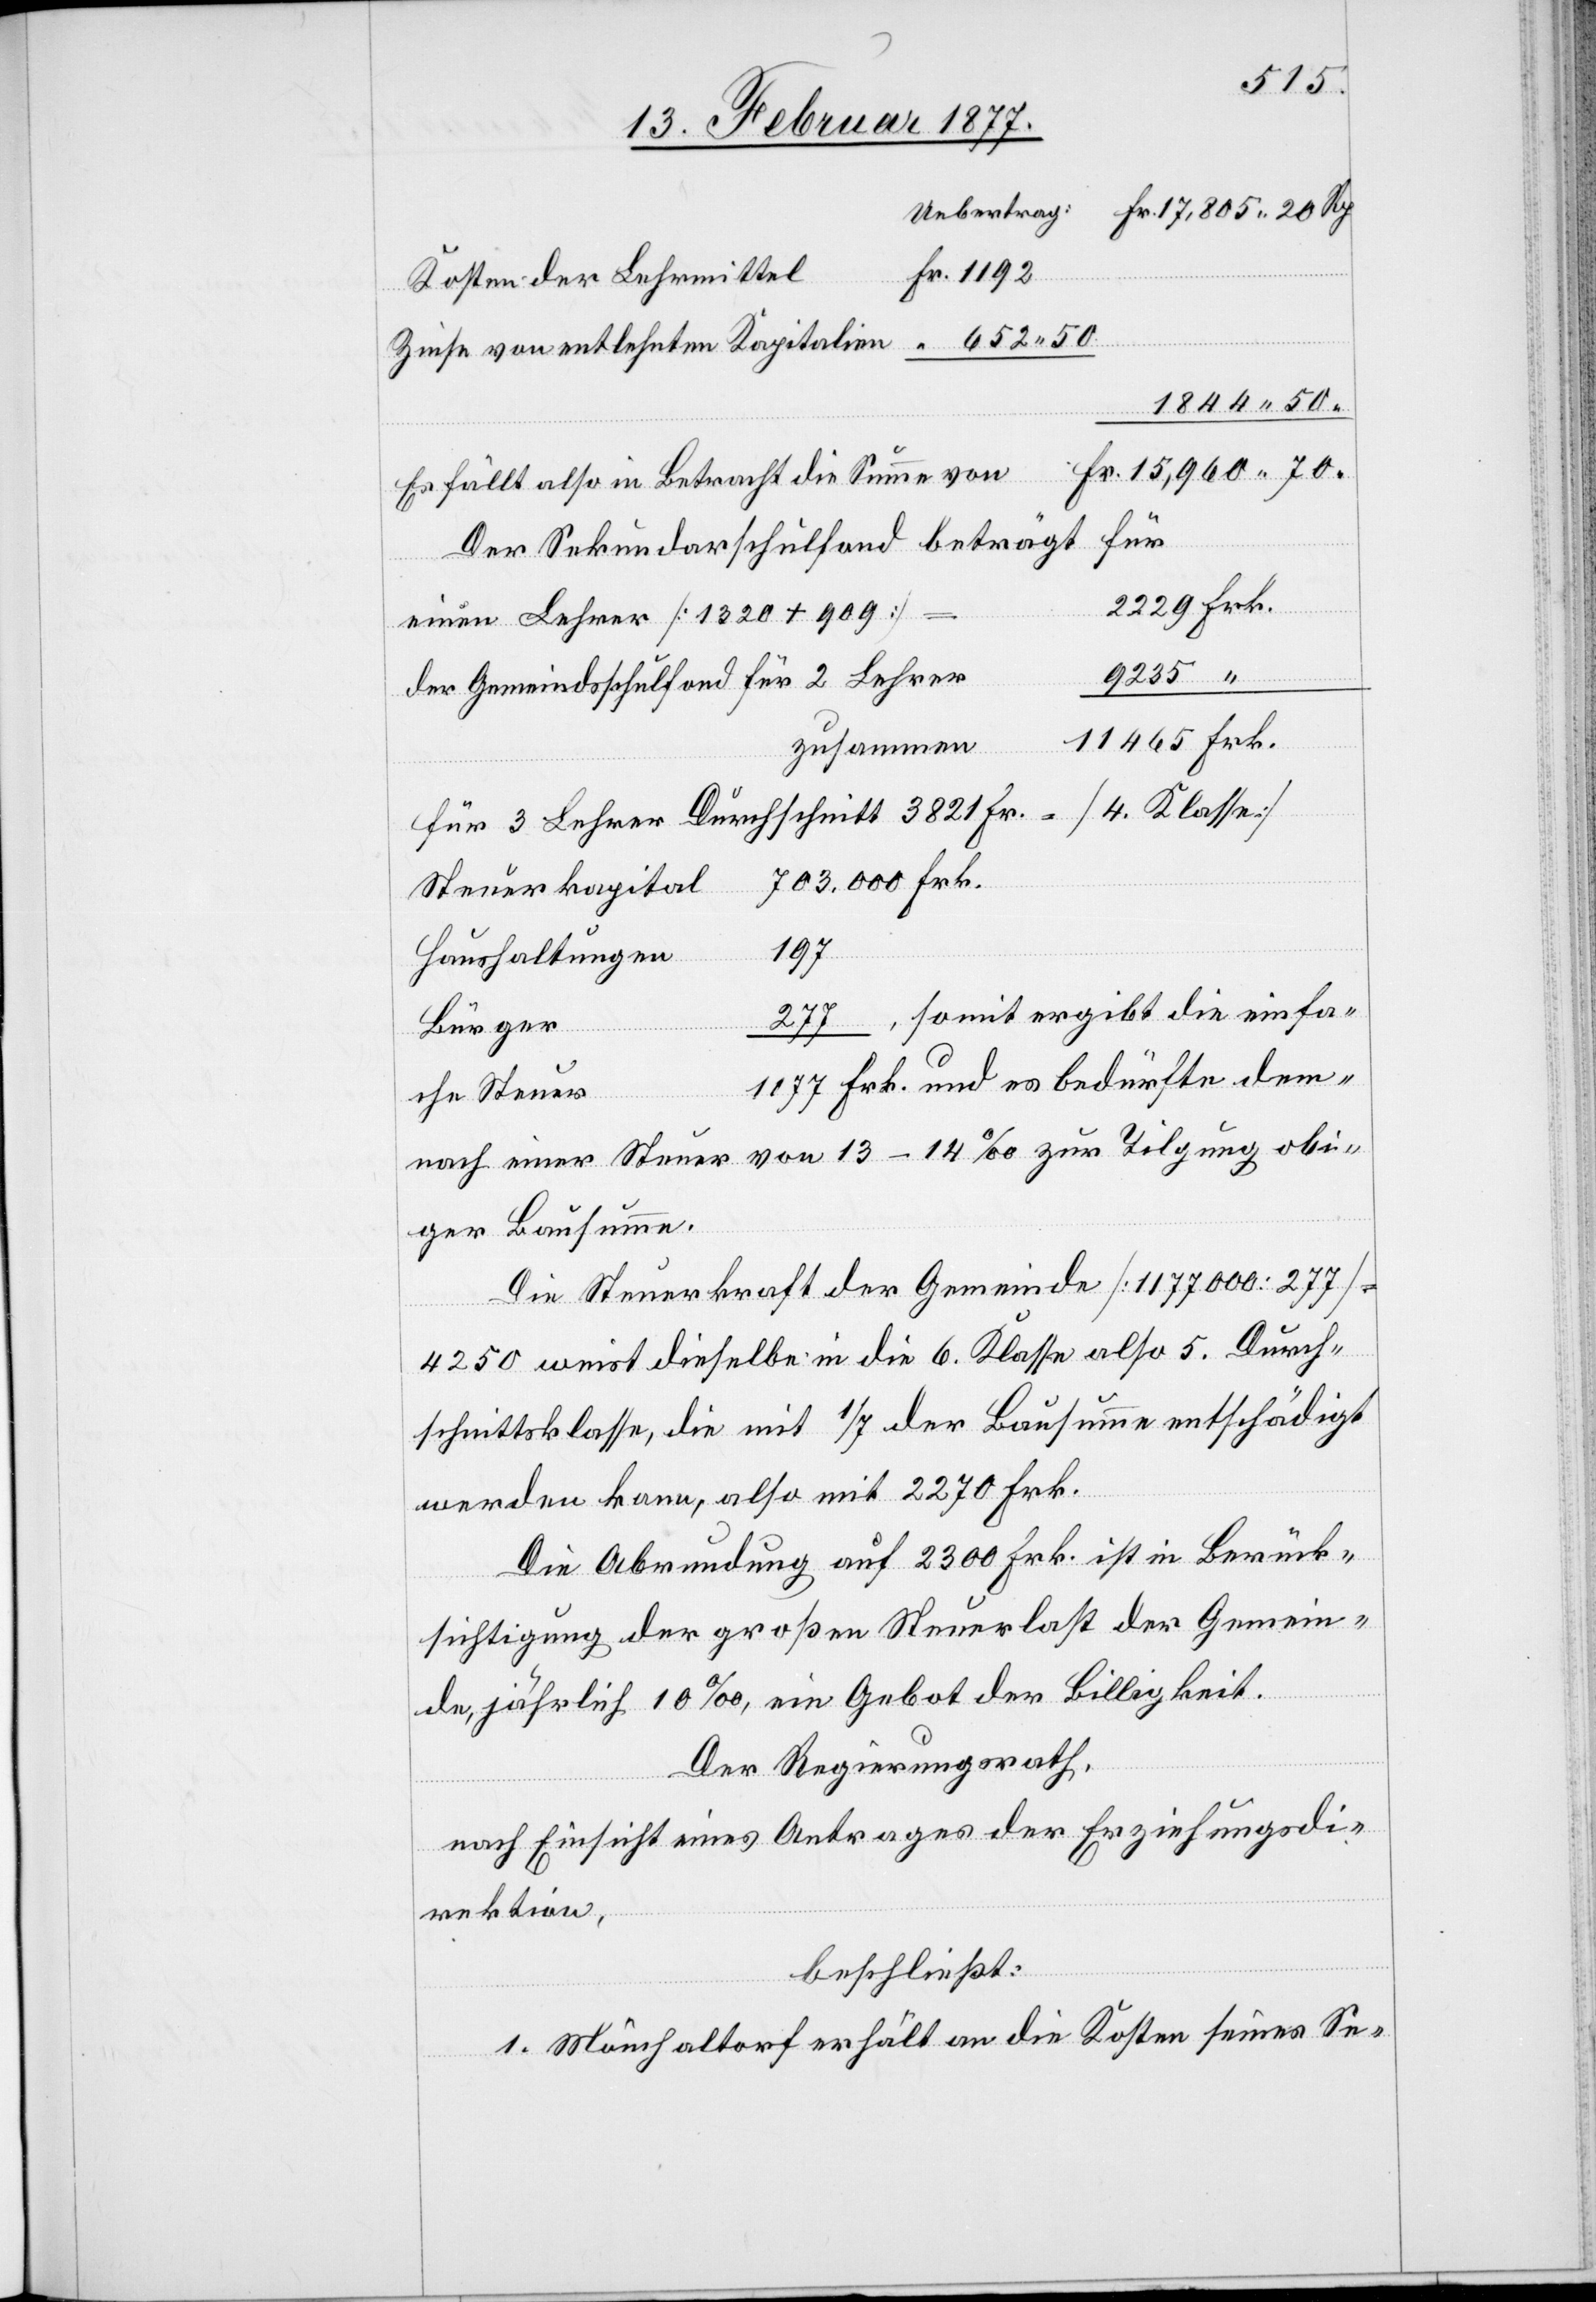
Kosten der Lehrmittel
Zinse von entlehnten Kapitalien
1844.50
“
Es fällt in Betracht die Summe von
für
Der Sekundarschulfond beträgt
einen Lehrer [1320 + 909]
der Gemeindsschulfond für 2 Lehrer
zusammen
für 3 Lehrer Durchschnitt 3821 Fr. = [4. Klasse]
Steuerkapital
1177
Haushaltungen
somit ergibt die einfa¬
277,
Bürger
che Steuer
nach einer Steuer von 13–15‰ zur Tilgung obi¬
ger Bausumme.
Die Steuerkraft der Gemeinde [1,177,000 : 227]
4250 weist dieselbe in die 6. Klasse also 5. Durch¬
schnittsklasse, die mit 1/7 der Bausumme entschädigt
werden kann, also mit 2270 Frk.
Die Abrundung auf 2300 Frk. ist in Berück¬
sichtigung der großen Steuerlast der Gemein¬
dem¬
de, jährlich 10‰, ein Gebot der Billigkeit.
Der Regierungsrath,
nach Einsicht eines Antrages der Erziehungsdi¬
rektion,
beschließt:
1. Mönchaltorf erhält an die Kosten seines Se-